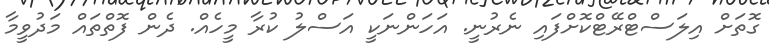
ގޮތަށް އިލަސްޓްރޭޓްކޮށްފައި ނެރުނީ. އަހަންނަކީ އަސްލު ކުރާ މީހެއް. ދެން ފޮތްތައް މަދުވީމާ